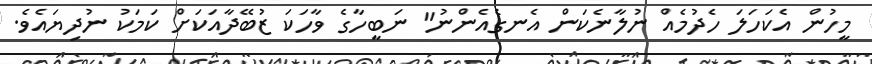
މީހުން އެކަހަލަ ހެދުމެއް ނުލާނެކަން އެނގެއެންނު" ނަބީހާގެ ވާހަކަ ޒުބޭދާއަކަށް ކަމަކު ނުދިޔައެވެ.